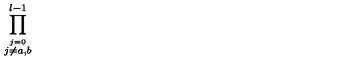
\prod _ { \stackrel { j = 0 } { j \neq a , b } } ^ { l - 1 }